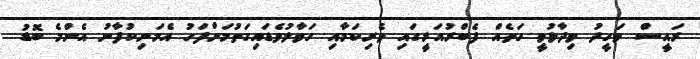
ރައީސް ވަހީދު ވިދާޅުވީ ހަތެއް ފެބްރުއަރީގައި ވެރިކަމާއި ހަވާލުވެޑައިގަތުމަށްފަހު އެމަނިކުފާނު އެންމެ ބޮޑު